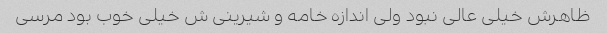
ظاهرش خیلی عالی نبود ولی اندازه خامه و شیرینی ش خیلی خوب بود مرسی